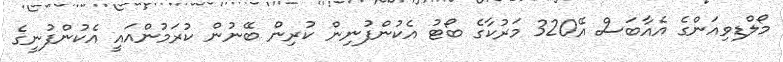
މޯލްޑިވިއަންގެ އެއާބަސް އޭ320 މަރުކާގެ ބޯޓު އެކުންފުނިން ކުރިން ބޭނުން ކުރަމުންއައީ އެކުންފުނީގެ